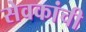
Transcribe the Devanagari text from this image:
सेवकांची